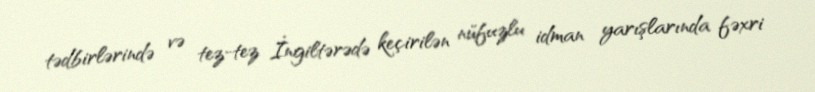
tədbirlərində və tez-tez İngiltərədə keçirilən nüfuzlu idman yarışlarında fəxri